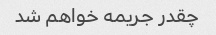
چقدر جریمه خواهم شد